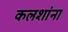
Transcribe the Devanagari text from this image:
कलशांना